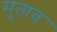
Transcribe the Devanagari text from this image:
मुताव